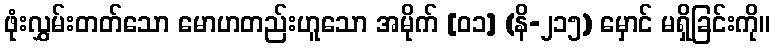
ဖုံးလွှမ်းတတ်သော မောဟတည်းဟူသော အမိုက် [၀၁] (နိ-၂၁၅) မှောင် မရှိခြင်းကို။